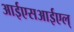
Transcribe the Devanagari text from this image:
आईएसआईएल्